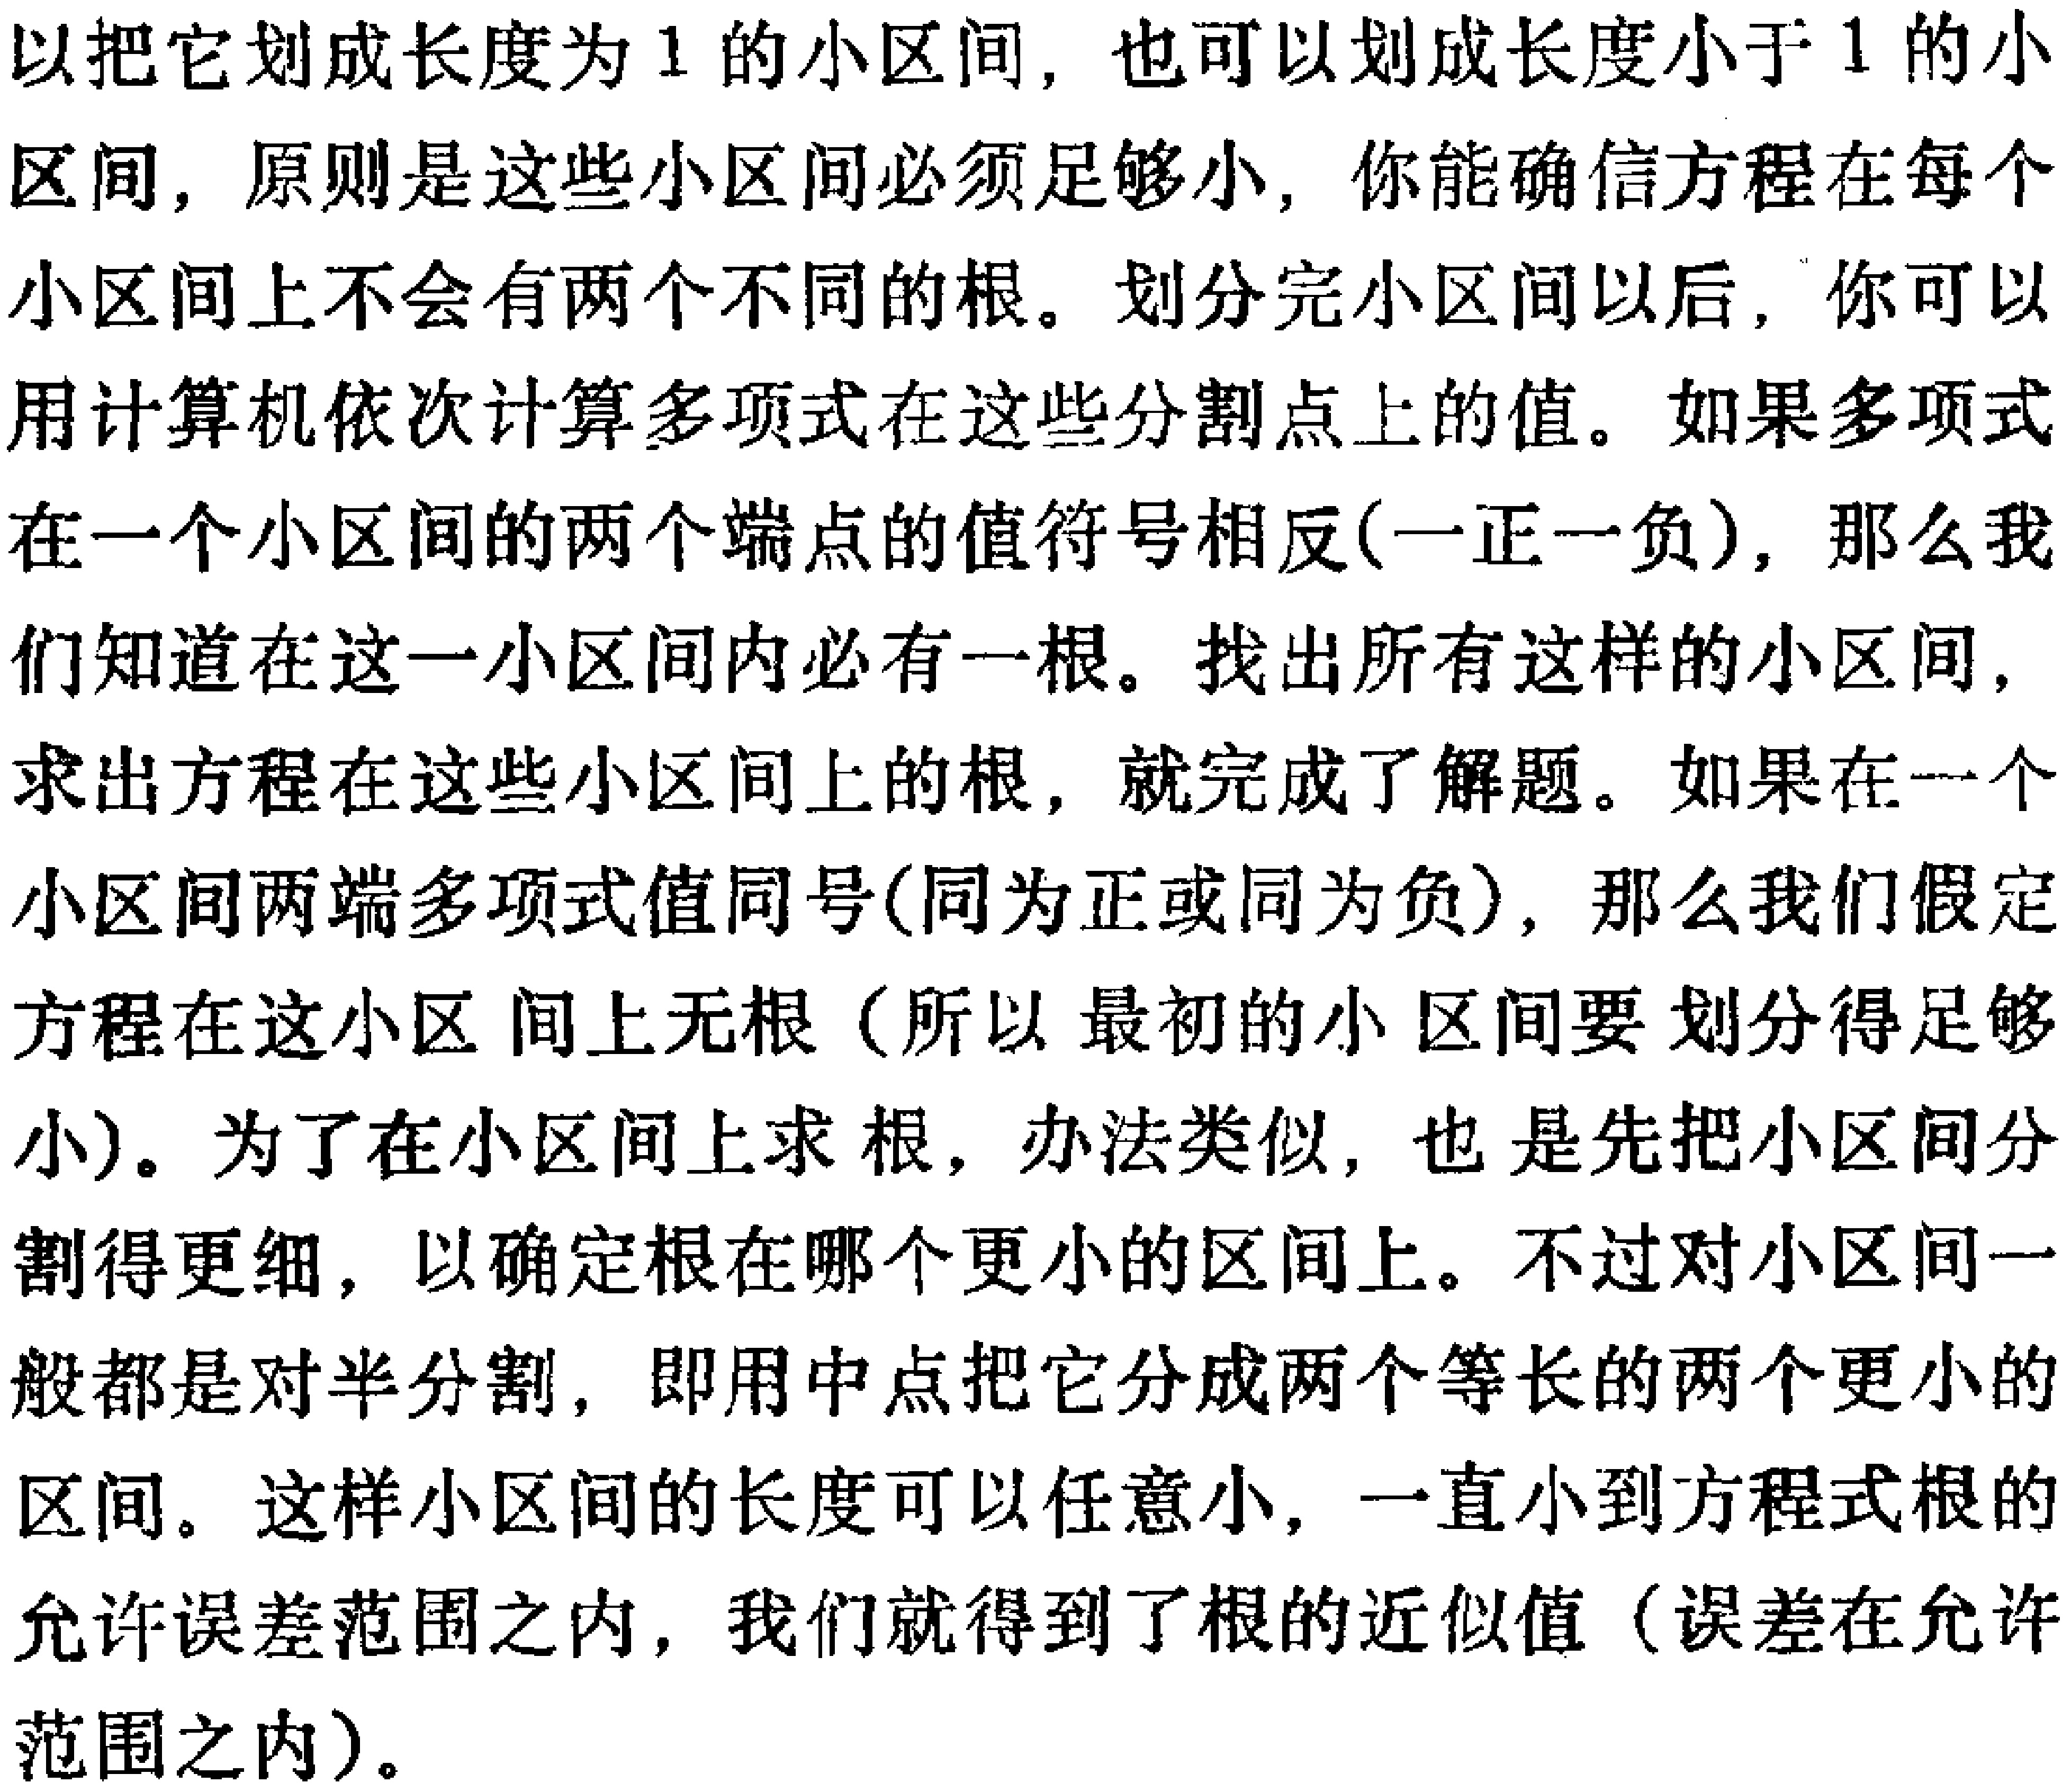
以把它划成长度为 1 的小区间，也可以划成长度小于 1 的小
区间，原则是这些小区间必须足够小，你能确信方程在每个
小区间上不会有两个不同的根。划分完小区间以后，你可以
用计算机依次计算多项式在这些分割点上的值。如果多项式
在一个小区间的两个端点的值符号相反(一正一负)，那么我
们知道在这一小区间内必有一根。找出所有这样的小区间，
求出方程在这些小区间上的根，就完成了解题。如果在一个
小区间两端多项式值同号(同为正或同为负)，那么我们假定
方程在这小区 间上无根（所以最初的小区间要划分得足够
小)。为了在小区间上求根，办法类似，也是先把小区间分
割得更细，以确定根在哪个更小的区间上。不过对小区间一
般都是对半分割，即用中点把它分成两个等长的两个更小的
区间。这样小区间的长度可以任意小，一直小到方程式根的
允许误差范围之内，我们就得到了根的近似值（误差在允许
范围之内）。